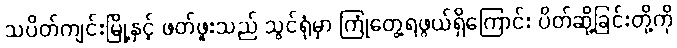
သပိတ်ကျင်းမြို့နှင့် ဖတ်ဖူးသည် သွင်ရုံမှာ ကြုံတွေ့ရဖွယ်ရှိကြောင်း ပိတ်ဆို့ခြင်းတို့ကို